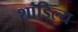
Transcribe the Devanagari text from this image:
शांडिल्‍य